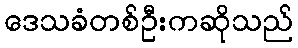
ဒေသခံတစ်ဦးကဆိုသည်